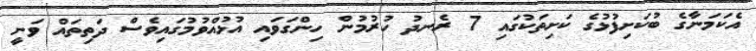
އެކަމަނާގެ ބުކަށިފުޅުގެ ކަށިތަކުގައި 7 ރެނދު ހުރުމުން ހިންގަވައި އުޅުއްވުމުގައިވެސް ދަތިތައް ވަނީ